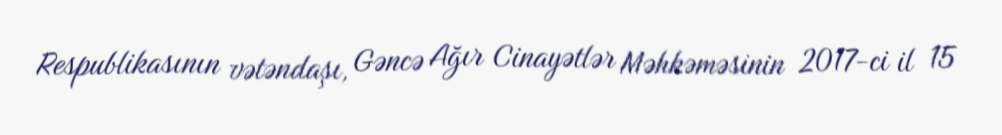
Respublikasının vətəndaşı, Gəncə Ağır Cinayətlər Məhkəməsinin 2017-ci il 15